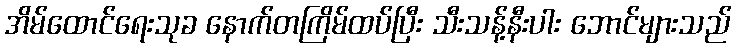
အိမ်ထောင်ရေးသုခ နောက်တကြိမ်ထပ်ပြီး သီးသန့်နီးပါး ဘောင်များသည်